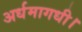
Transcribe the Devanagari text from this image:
अर्धमागधी।